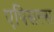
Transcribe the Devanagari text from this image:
एपिसल्स